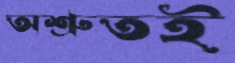
অশ্রুতই